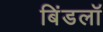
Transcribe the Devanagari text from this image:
बिंडलॉ